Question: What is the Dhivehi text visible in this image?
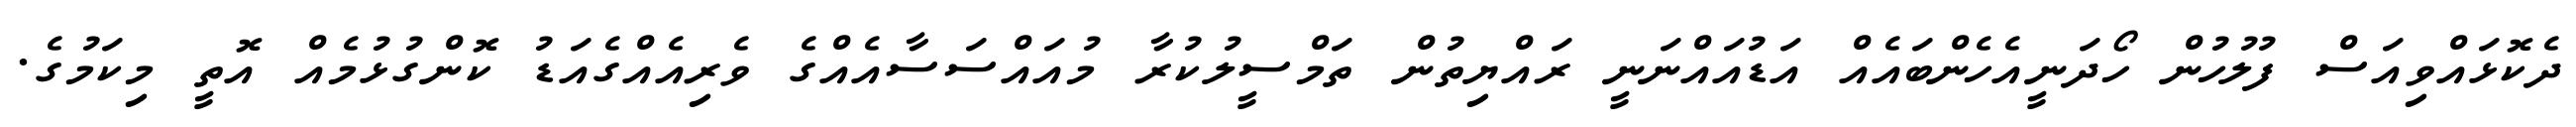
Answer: ދެކޮޅައްވިއަސް ފުލުހުން ހޯދަނީއެހެންބައެއް އަޑުއައްނަނީ ރައްޔިތުން ތަމްސީލުކުރާ މުއައްސަސާއެއްގެ ވެރިއެއްގެއަޑު ކޮންގުޅުމެއް އޮތީ މިކަމުގެ.